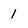
Character: 1